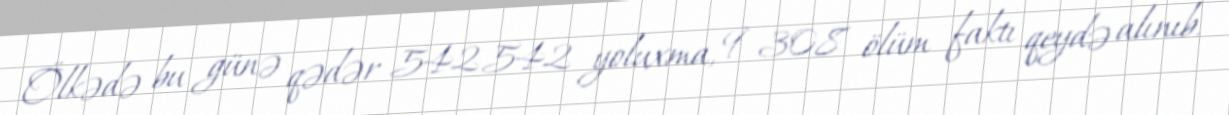
Ölkədə bu günə qədər 542 542 yoluxma, 9 308 ölüm faktı qeydə alınıb.